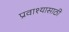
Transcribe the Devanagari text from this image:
प्रवाश्यासाठी